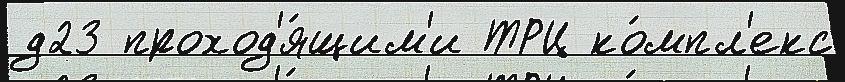
д23 проход'я́щим'и ТРЦ ко́мпл'екс